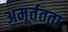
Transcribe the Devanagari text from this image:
अमूर्ततता